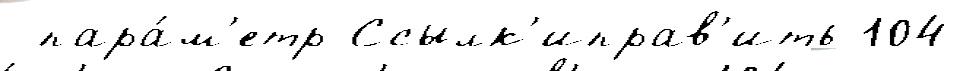
 пара́м'етр Ссылк'иправ'ить 104